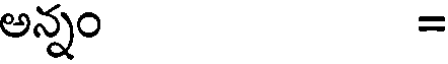
అన్నం =